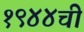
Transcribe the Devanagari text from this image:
१९४४ची